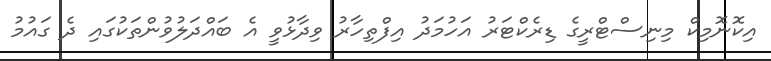
އިކޮނޮމިކް މިނިސްޓްރީގެ ޑިރެކްޓަރު އަހުމަދު އިފްތިހާރު ވިދާޅުވީ އެ ބައްދަލުވުންތަކުގައި ދެ ގައުމު